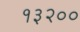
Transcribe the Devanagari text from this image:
१३२००